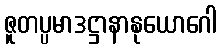
ဇူတပ္ပမာဒဋ္ဌာနာနုယောဂေါ